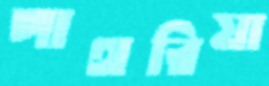
পাথরিয়া